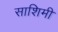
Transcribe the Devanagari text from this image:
साशिमी